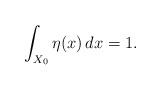
LaTeX: \begin{align*}\int_{X_0}\eta(x)\,dx=1.\end{align*}